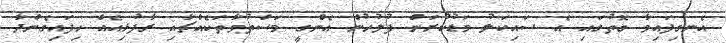
އެނގިފައިވާ ގޮތުގައި އެ ސައިކަލު މަޑުކުރަން ފުލުހުން އެންގީ މަސްތުވާތަކެއްޗާއި ރާފުޅިއެއް ހިފައިގެންދާ